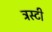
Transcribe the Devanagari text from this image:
ट्रस्‍टी